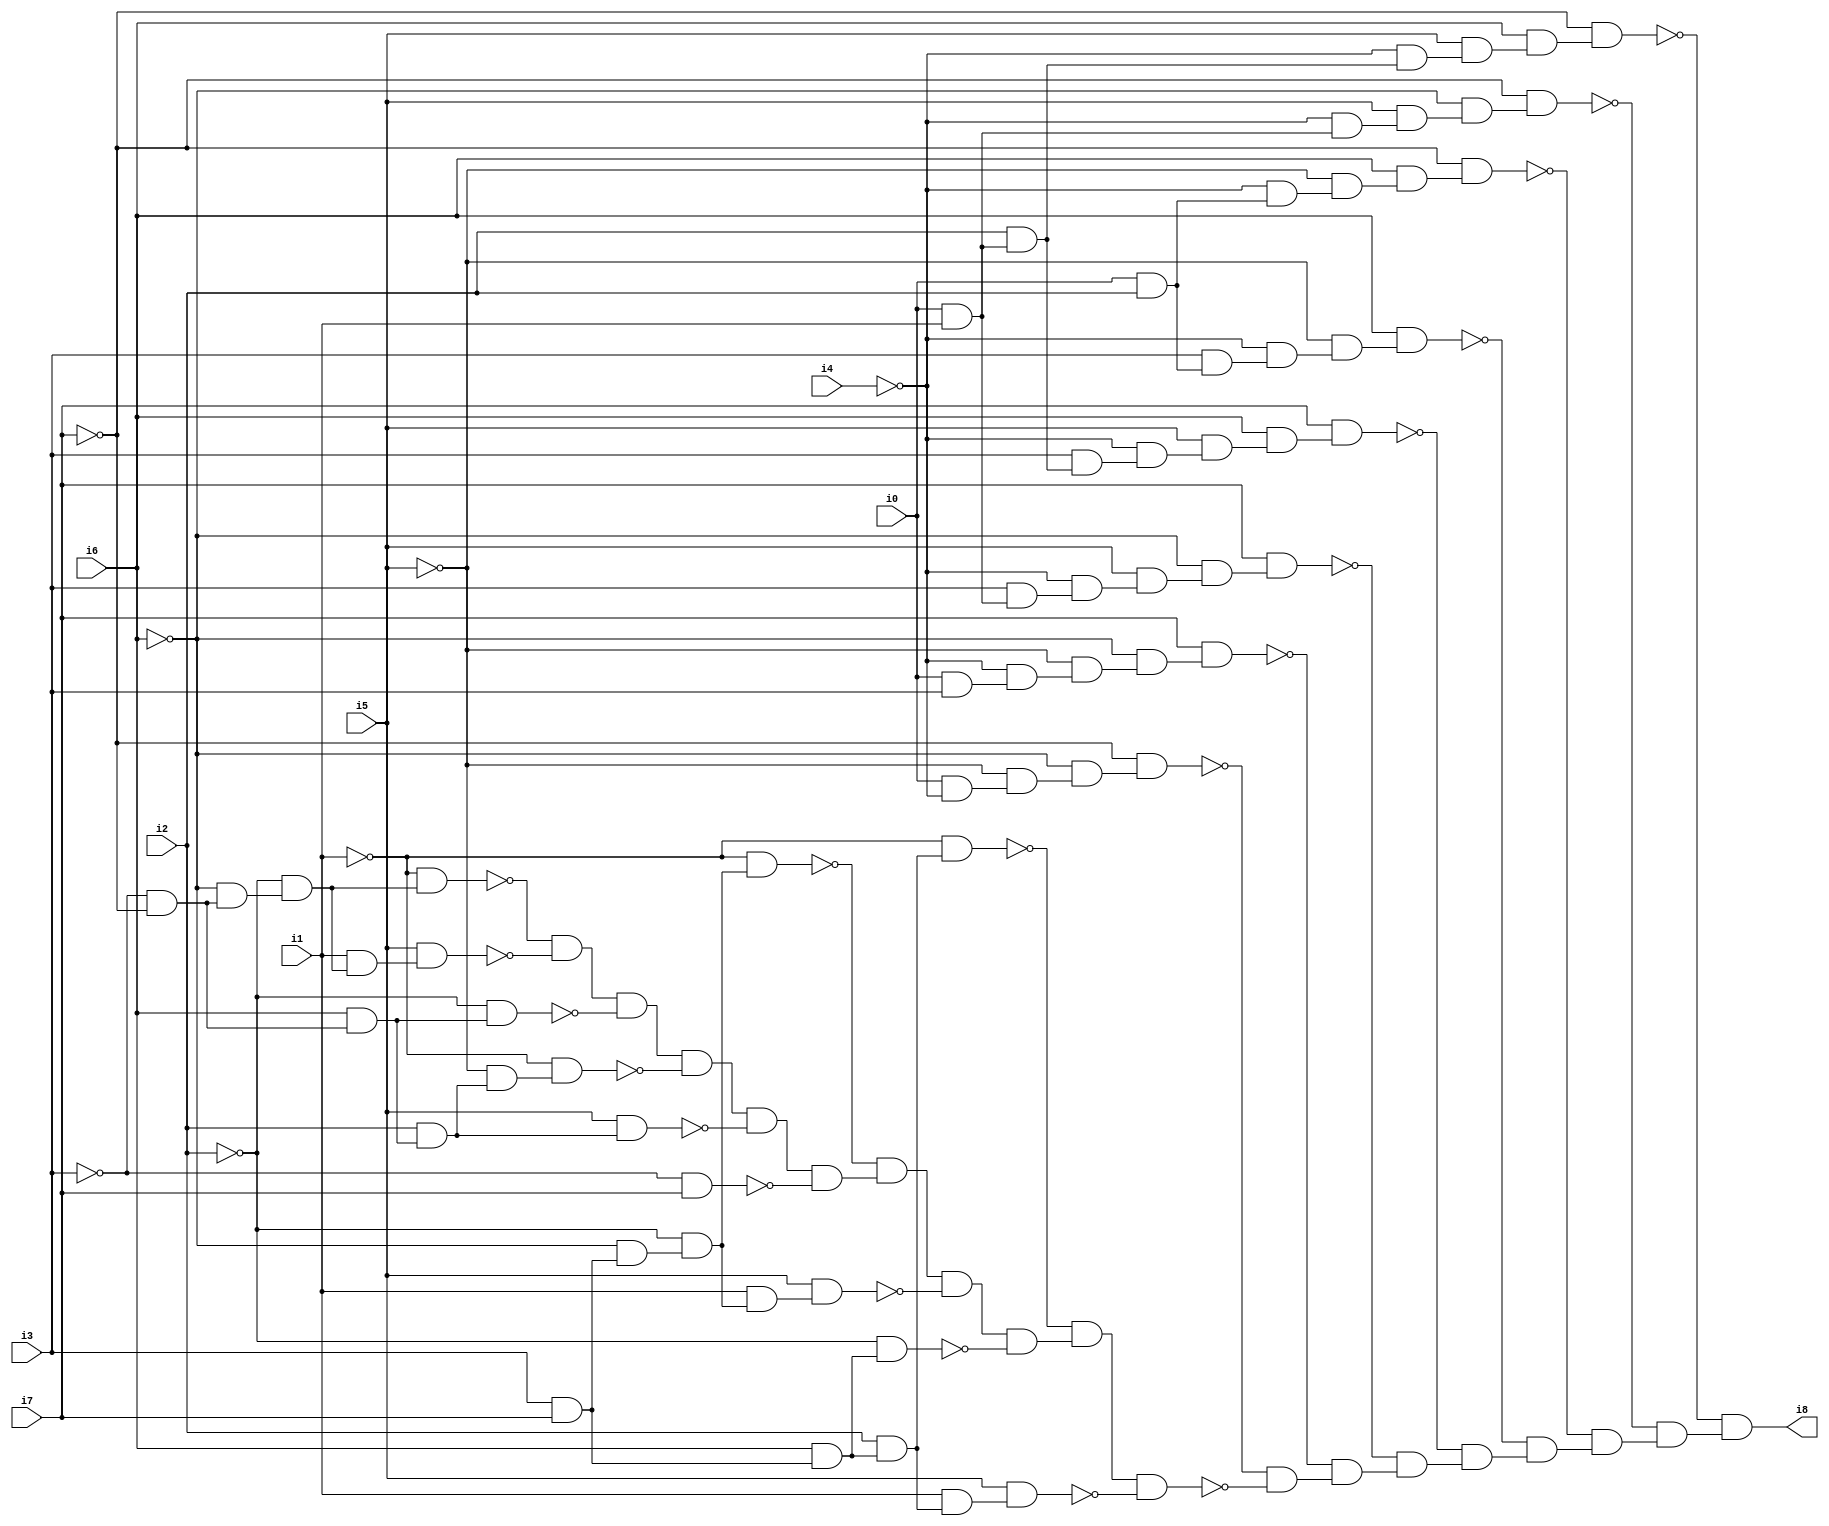
// Benchmark "SKOLEMFORMULA" written by ABC on Mon May  4 15:54:22 2020

module SKOLEMFORMULA ( 
    i0, i1, i2, i3, i4, i5, i6, i7,
    i8  );
  input  i0, i1, i2, i3, i4, i5, i6, i7;
  output i8;
  wire n10, n11, n12, n13, n14, n15, n16, n17, n18, n19, n20, n21, n22, n23,
    n24, n25, n26, n27, n28, n29, n30, n31, n32, n33, n34, n35, n36, n37,
    n38, n39, n40, n41, n42, n43, n44, n45, n46, n47, n48, n49, n50, n51,
    n52, n53, n54, n55, n56, n57, n58, n59, n60, n61, n62, n63, n64, n65,
    n66, n67, n68, n69, n70, n71, n72, n73, n74, n75, n76, n77, n78, n79,
    n80, n81, n82, n83, n84, n85, n86, n87, n88, n89;
  assign n10 = i0 & ~i4;
  assign n11 = ~i5 & n10;
  assign n12 = ~i6 & n11;
  assign n13 = ~i7 & n12;
  assign n14 = i0 & i3;
  assign n15 = ~i4 & n14;
  assign n16 = ~i5 & n15;
  assign n17 = ~i6 & n16;
  assign n18 = i7 & n17;
  assign n19 = i0 & i1;
  assign n20 = i3 & n19;
  assign n21 = ~i4 & n20;
  assign n22 = i5 & n21;
  assign n23 = ~i6 & n22;
  assign n24 = i7 & n23;
  assign n25 = i2 & n19;
  assign n26 = i3 & n25;
  assign n27 = ~i4 & n26;
  assign n28 = i5 & n27;
  assign n29 = i6 & n28;
  assign n30 = i7 & n29;
  assign n31 = i0 & i2;
  assign n32 = i3 & n31;
  assign n33 = ~i4 & n32;
  assign n34 = ~i5 & n33;
  assign n35 = i6 & n34;
  assign n36 = ~i4 & n31;
  assign n37 = ~i5 & n36;
  assign n38 = i6 & n37;
  assign n39 = ~i7 & n38;
  assign n40 = ~i4 & n19;
  assign n41 = i5 & n40;
  assign n42 = ~i6 & n41;
  assign n43 = ~i7 & n42;
  assign n44 = ~i4 & n25;
  assign n45 = i5 & n44;
  assign n46 = i6 & n45;
  assign n47 = ~i7 & n46;
  assign n48 = i3 & i7;
  assign n49 = i6 & n48;
  assign n50 = i2 & n49;
  assign n51 = ~i1 & n50;
  assign n52 = ~i6 & n48;
  assign n53 = ~i2 & n52;
  assign n54 = ~i1 & n53;
  assign n55 = ~i3 & ~i7;
  assign n56 = ~i6 & n55;
  assign n57 = ~i2 & n56;
  assign n58 = ~i1 & n57;
  assign n59 = i1 & n57;
  assign n60 = i5 & n59;
  assign n61 = ~n58 & ~n60;
  assign n62 = i6 & n55;
  assign n63 = ~i2 & n62;
  assign n64 = n61 & ~n63;
  assign n65 = i2 & n62;
  assign n66 = ~i5 & n65;
  assign n67 = ~i1 & n66;
  assign n68 = n64 & ~n67;
  assign n69 = i5 & n65;
  assign n70 = n68 & ~n69;
  assign n71 = ~i3 & i7;
  assign n72 = n70 & ~n71;
  assign n73 = ~n54 & n72;
  assign n74 = i1 & n53;
  assign n75 = i5 & n74;
  assign n76 = n73 & ~n75;
  assign n77 = ~i2 & n49;
  assign n78 = n76 & ~n77;
  assign n79 = ~n51 & n78;
  assign n80 = i1 & n50;
  assign n81 = i5 & n80;
  assign n82 = n79 & ~n81;
  assign n83 = ~n13 & ~n82;
  assign n84 = ~n18 & n83;
  assign n85 = ~n24 & n84;
  assign n86 = ~n30 & n85;
  assign n87 = ~n35 & n86;
  assign n88 = ~n39 & n87;
  assign n89 = ~n43 & n88;
  assign i8 = ~n47 & n89;
endmodule